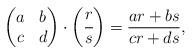
LaTeX: \begin{align*}\begin{pmatrix}a&b\\c&d\end{pmatrix}\cdot\bigg(\cfrac{r}{s}\bigg)=\frac{ar+bs}{cr+ds},\end{align*}